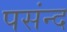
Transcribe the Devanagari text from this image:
पसंन्द